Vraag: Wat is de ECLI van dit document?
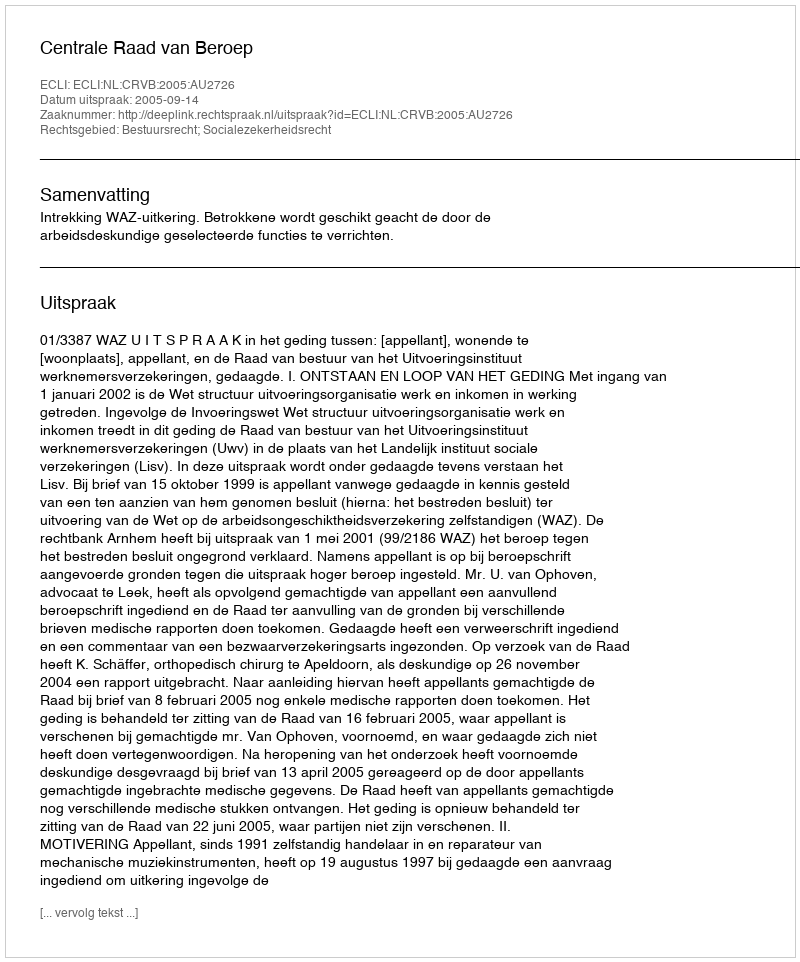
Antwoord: ECLI:NL:CRVB:2005:AU2726